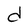
Character: d